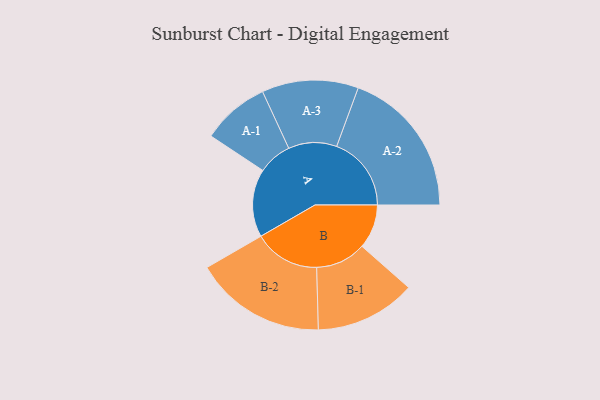
{"axis": {"x": "Segment", "y": "Value"}, "legend": ["", "A", "B"], "data": [{"x": "A", "y": 255, "type": ""}, {"x": "B", "y": 166, "type": ""}, {"x": "A-1", "y": 127, "type": "A"}, {"x": "A-2", "y": 280, "type": "A"}, {"x": "A-3", "y": 181, "type": "A"}, {"x": "B-1", "y": 189, "type": "B"}, {"x": "B-2", "y": 247, "type": "B"}]}